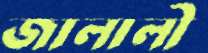
জালালী